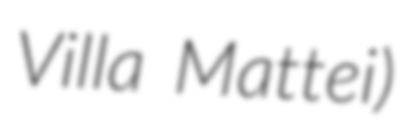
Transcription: Villa Mattei)